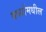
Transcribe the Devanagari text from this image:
वर्ध्यामधील